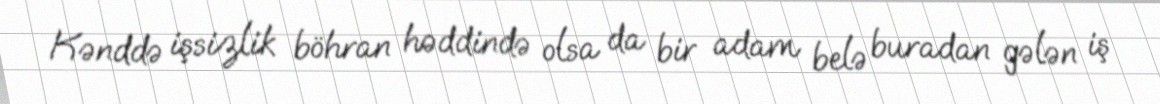
Kənddə işsizlik böhran həddində olsa da bir adam belə buradan gələn iş